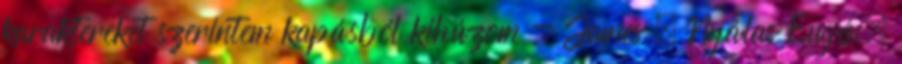
karaktereket szerintem kapásból kihúzom - James = Nyálas Eugén,